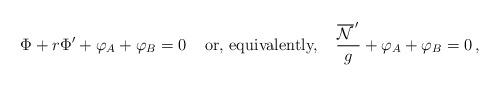
LaTeX: \begin{align*}{\Phi}+r{\Phi}^{\prime}+{\varphi}_A+{\varphi}_B=0\;\;\;\;\mbox{or, equivalently,}\;\;\;\;\frac{\overline{\cal{N}}^{\,\prime}}{g}+{\varphi}_A+{\varphi}_B=0\,,\end{align*}